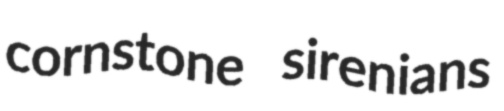
cornstone sirenians